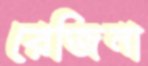
রেজিনা